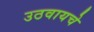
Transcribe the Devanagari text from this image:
उठवायचे